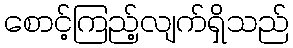
စောင့်ကြည့်လျက်ရှိသည်